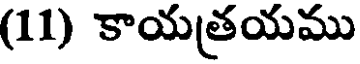
(11) కాయత్రయము